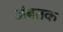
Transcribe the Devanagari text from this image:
अंबतक